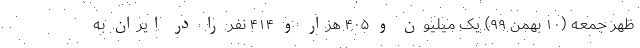
ظهر جمعه (۱۰ بهمن ۹۹) یک میلیون و ۴۰۵ هزار و ۴۱۴ نفر را در ایران به